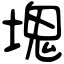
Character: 塊